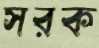
সরক